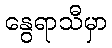
နွေရာသီမှာ